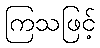
ကြသဖြင့်